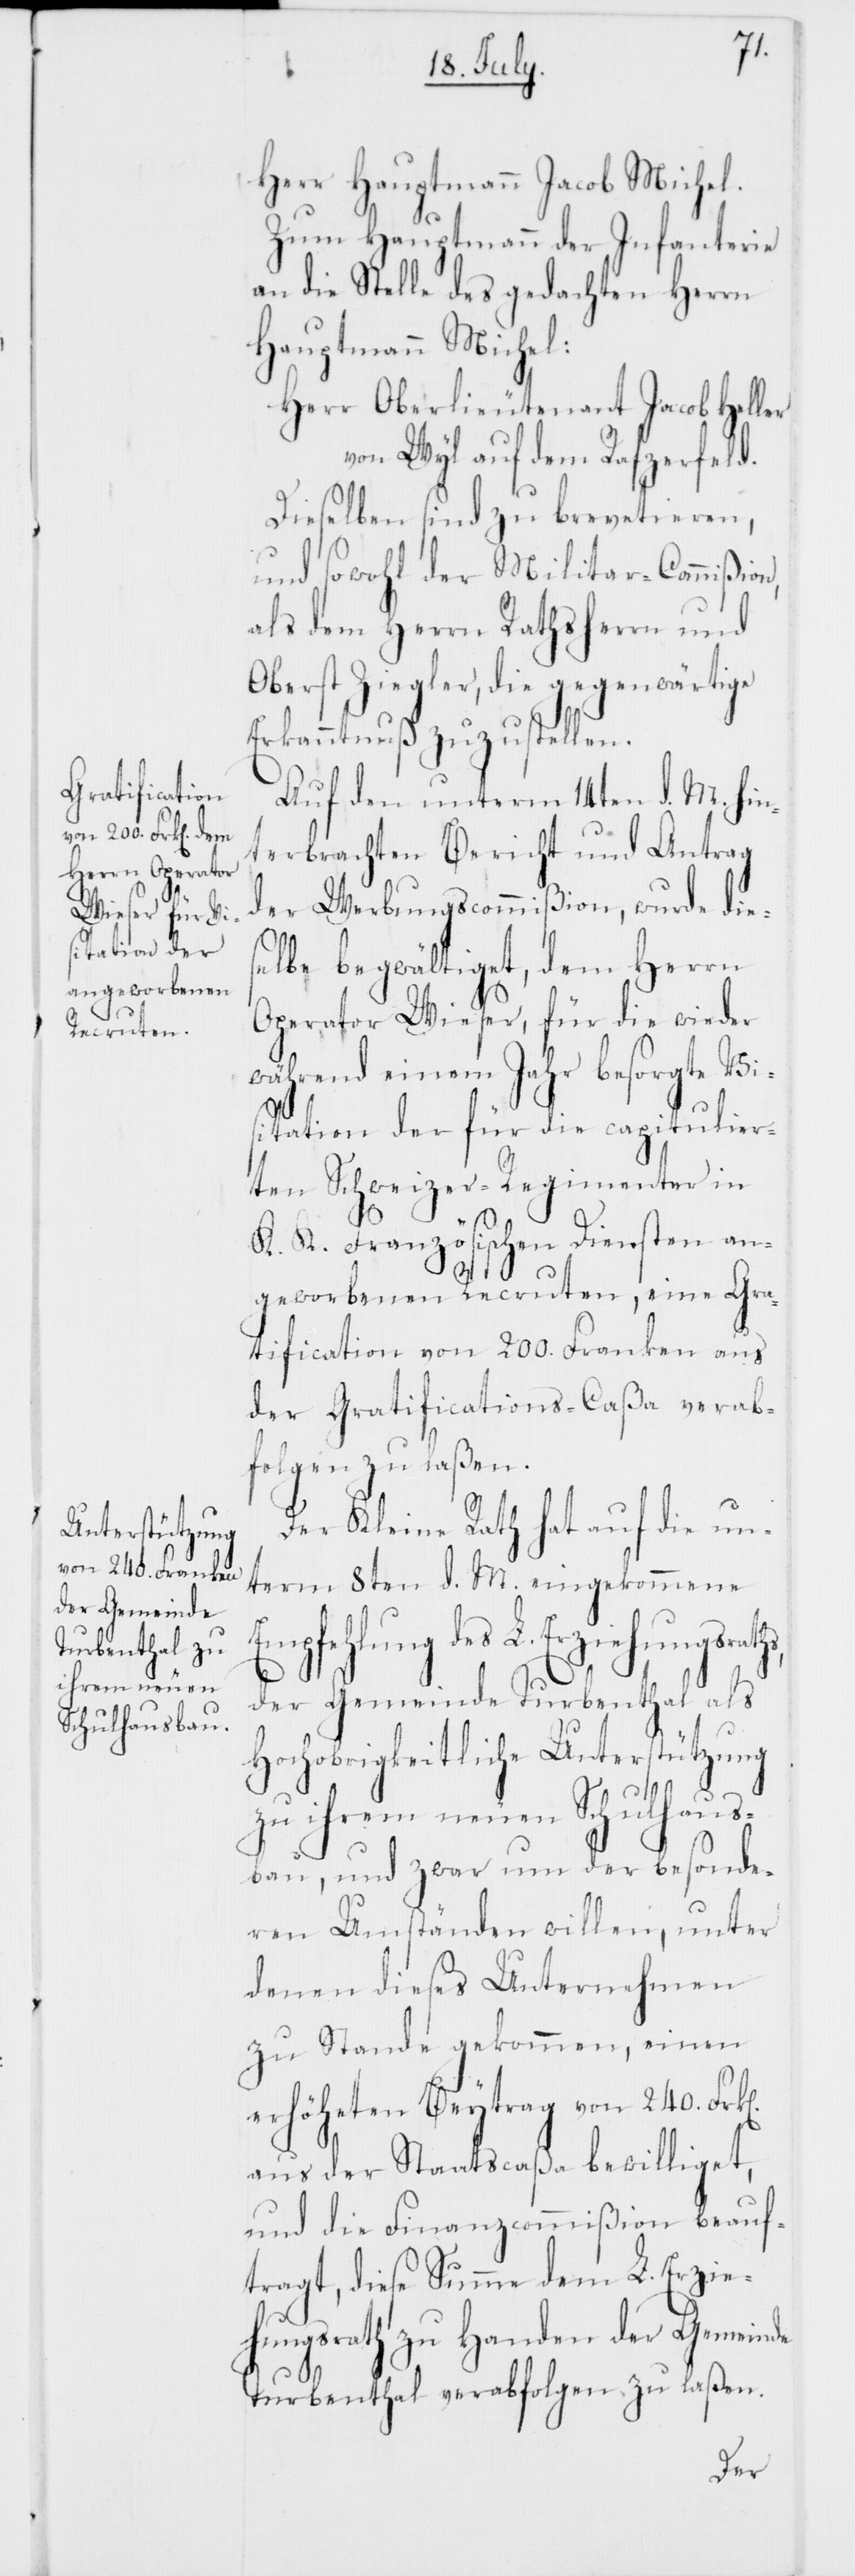
ungsraths,

Herr Hauptmann Jacob Michel.
Zum Hauptmann der Infanterie
an die Stelle des gedachten Herrn
Hauptmann Michel:
Herr Oberlieutenant Jacob Heller
von Wyl auf dem Rafzerfeld.
Dieselben sind zu brevetieren,
und sowohl der Militar-Commißion,
als dem Herrn Rathsherrn und
Oberst Ziegler, die gegenwärtige
Erkanntnuß zuzustellen.
Auf den unterm 14ten d. M. hin¬
terbrachten Bericht und Antrag
der Werbungscommißion, wurde dies¬
elbe begwältiget, dem Herrn
Operator Wieser, für die wieder
während einem Jahr besorgte Vi¬
sitation der für die capitulier¬
ten Schweizer-Regimenter in
K. K. Französischen Diensten an¬
geworbenen Recruten, eine Gra¬
tification von 200. Franken aus
der Gratifications-Caßa verab¬
folgen zu laßen.
Der Kleine Rath hat auf die un¬
term 8ten d. M. eingekommene
Empfehlung des L. Erzieh¬
der Gemeinde Turbenthal als
Hochobrigkeitliche Unterstützung
zu ihrem neuen Schulhaus¬
bau, und zwar um der besonde¬
ren Umstände willen, unter
denen dieses Unternehmen
zu Stande gekommen, einen
erhöheten Beytrag von 240.
aus der Staatscaßa bewilliget,
und die Finanzcommißion beauf¬
tragt, diese Summe dem L. Erzie¬
hungsrath zu Handen der Gemeinde
Turbenthal verabfolgen zu laßen.